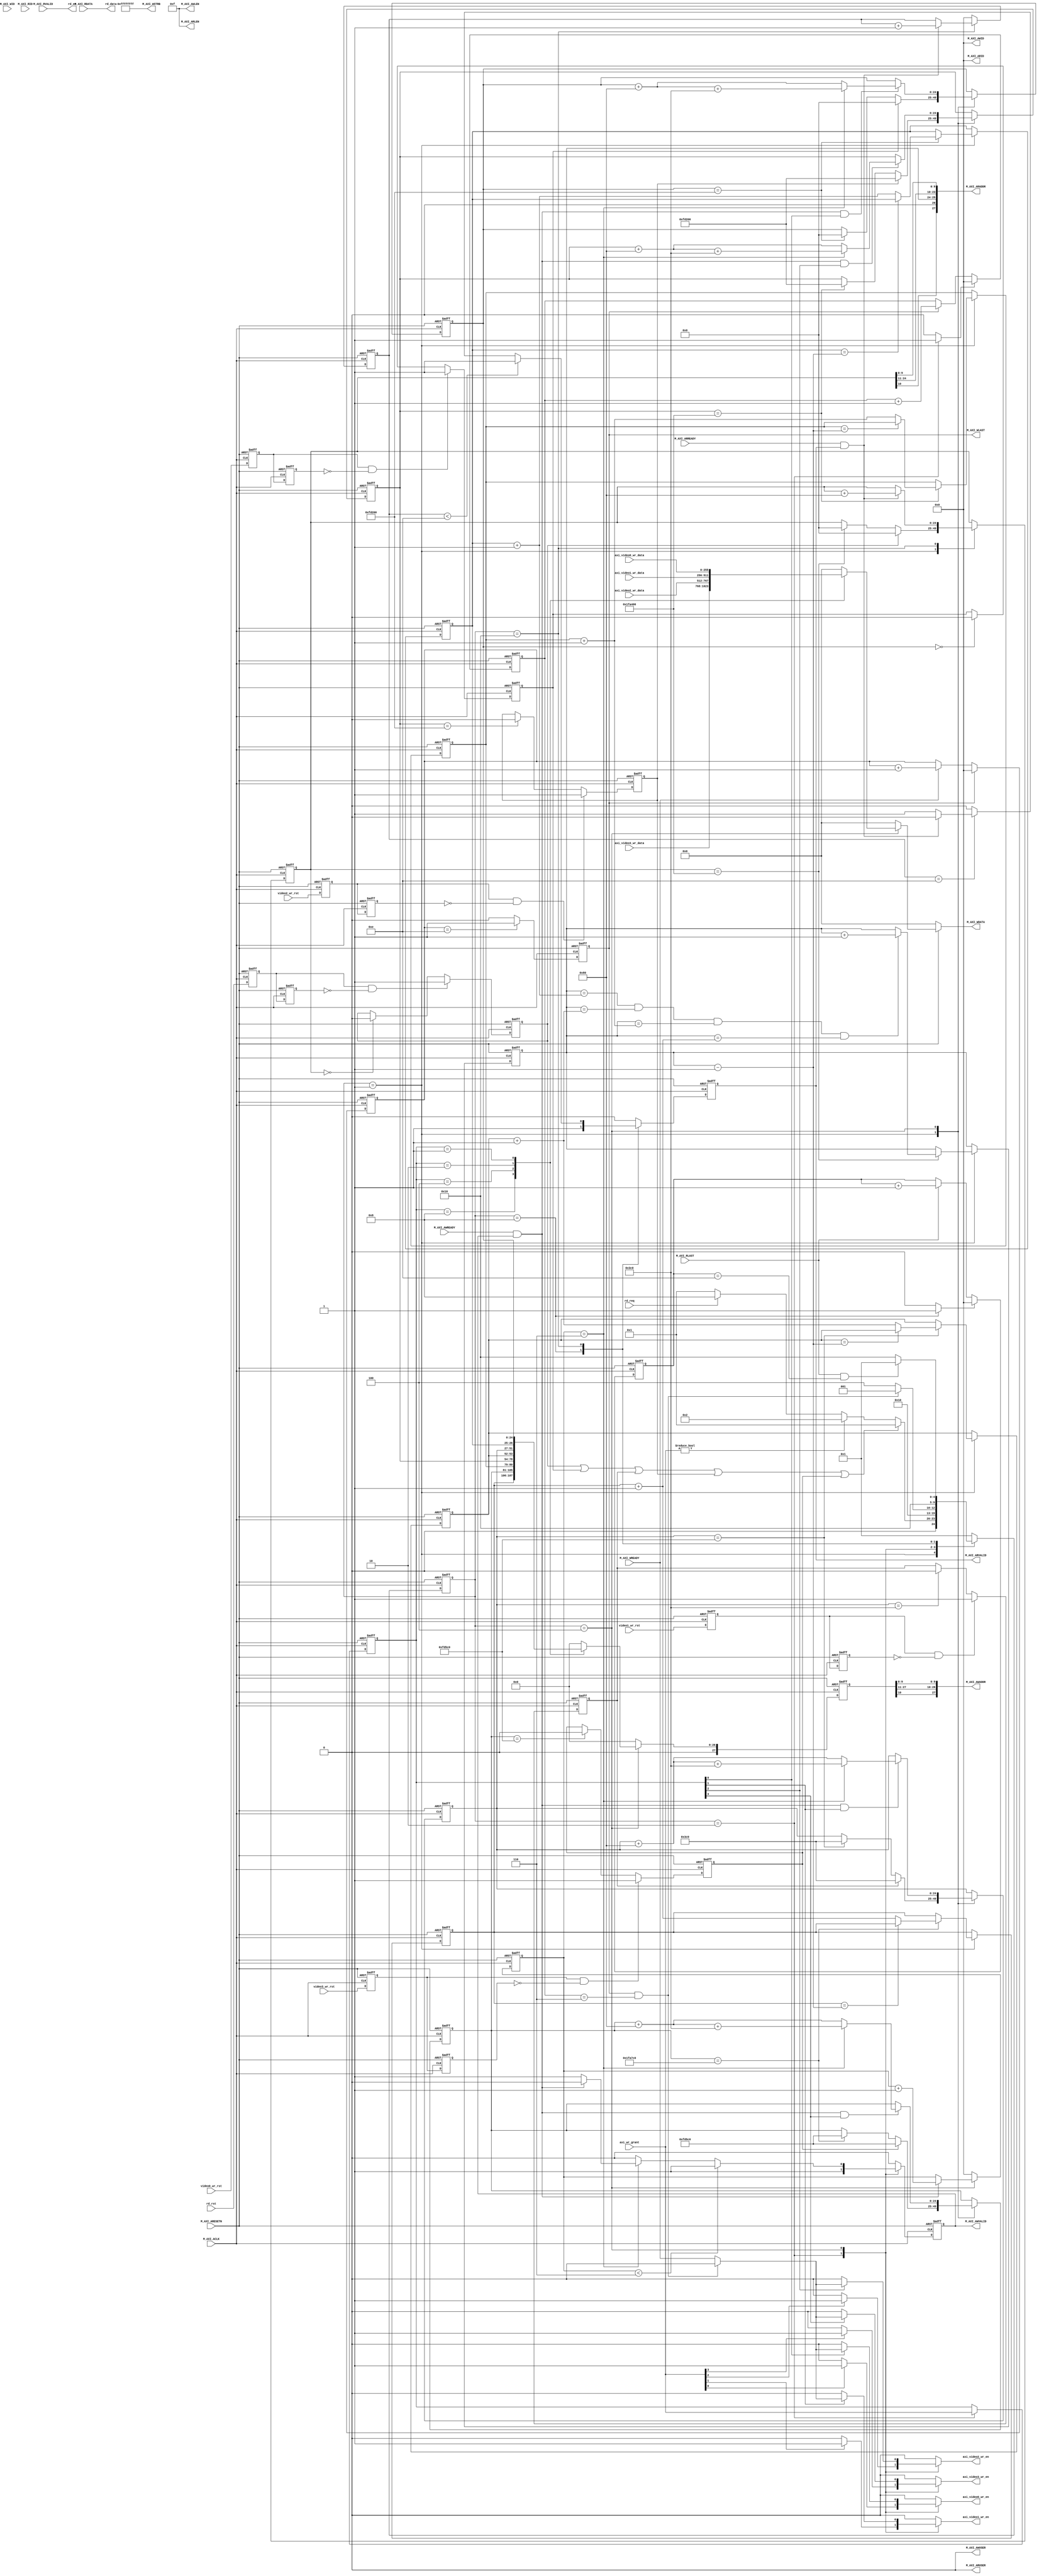

module simplified_AXI#(
    parameter DISP_H                = 1920  , // 
    parameter DISP_V                = 1080  , // 
    parameter MEM_H_PIXEL           = 960   , // 
    parameter MEM_V_PIXEL           = 540   , // 
    
    parameter AXI_WRITE_BURST_LEN   = 16    , // 1,2,4,8,16
    parameter AXI_READ_BURST_LEN    = 16    , // 1,2,4,8,16
    parameter AXI_ID_WIDTH          = 4     , // AXI ID
    parameter AXI_USER_WIDTH        = 1     , // AXI USRT
    parameter AXI_DATA_WIDTH        = 256   , // AXI 
    parameter MEM_ROW_WIDTH         = 15    , // DDR 
    parameter MEM_COL_WIDTH         = 10    , // DDR 
    parameter MEM_BANK_WIDTH        = 3     , // DDR BANK
    parameter MEM_BURST_LEN         = 8     , // DDR 
    parameter AXI_ADDR_WIDTH        = MEM_BANK_WIDTH + MEM_ROW_WIDTH + MEM_COL_WIDTH
)(
    input   wire                            M_AXI_ACLK          ,
    input   wire                            M_AXI_ARESETN       ,
    
    // 
    input   wire [3:0]                      axi_wr_grant        , // FIFO
    
    output  reg                             axi_video0_wr_en    , // FIFO_video0
    input   wire [AXI_DATA_WIDTH-1:0]       axi_video0_wr_data  , // FIFO_video0
    input   wire                            video0_wr_rst       , // 0
    
    output  reg                             axi_video1_wr_en    , // FIFO_video1
    input   wire [AXI_DATA_WIDTH-1:0]       axi_video1_wr_data  , // FIFO_video1
    input   wire                            video1_wr_rst       , // 1
    
    output  reg                             axi_video2_wr_en    , // FIFO_video1
    input   wire [AXI_DATA_WIDTH-1:0]       axi_video2_wr_data  , // FIFO_video1
    input   wire                            video2_wr_rst       , // 1
    
    output  reg                             axi_video3_wr_en    , // FIFO_video1
    input   wire [AXI_DATA_WIDTH-1:0]       axi_video3_wr_data  , // FIFO_video1
    input   wire                            video3_wr_rst       , // 1
    
    // 
    input   wire                            rd_req              , // FIFO
    
    output  wire                            rd_en               , // FIFO
    output  wire [AXI_DATA_WIDTH-1:0]       rd_data             , // FIFO
    input   wire                            rd_rst              , // 
    
    // AXI 
    output  wire [AXI_ADDR_WIDTH-1:0]       M_AXI_AWADDR    ,
    output  wire [AXI_USER_WIDTH-1:0]       M_AXI_AWUSER    ,
    output  wire [AXI_ID_WIDTH-1:0]         M_AXI_AWID      ,
    output  wire [3:0]                      M_AXI_AWLEN     ,
    input   wire                            M_AXI_AWREADY   ,
    output  wire                            M_AXI_AWVALID   ,
    
    output  wire [AXI_DATA_WIDTH-1:0]       M_AXI_WDATA     ,
    output  wire [AXI_DATA_WIDTH/8-1:0]     M_AXI_WSTRB     ,
    input   wire                            M_AXI_WREADY    ,
    input   wire [AXI_ID_WIDTH-1:0]         M_AXI_WID       ,
    output  wire                            M_AXI_WLAST     ,
    
    output  wire [AXI_ADDR_WIDTH-1:0]       M_AXI_ARADDR    ,
    output  wire [AXI_USER_WIDTH-1:0]       M_AXI_ARUSER    ,
    output  wire [AXI_ID_WIDTH-1:0]         M_AXI_ARID      ,
    output  wire [3:0]                      M_AXI_ARLEN     ,
    input   wire                            M_AXI_ARREADY   ,
    output  wire                            M_AXI_ARVALID   ,
    
    input   wire [AXI_DATA_WIDTH-1:0]       M_AXI_RDATA     ,
    input   wire [AXI_ID_WIDTH-1:0]         M_AXI_RID       ,
    input   wire                            M_AXI_RLAST     ,
    input   wire                            M_AXI_RVALID    
);

/*************************parameter**************************/
localparam WRITE_BURST_COUNT = MEM_H_PIXEL / (AXI_WRITE_BURST_LEN * MEM_BURST_LEN); // 
localparam READ_BURST_COUNT  = DISP_H      / (AXI_READ_BURST_LEN  * MEM_BURST_LEN); // 
localparam WRITE_BURST_ADDR  = MEM_BURST_LEN * AXI_WRITE_BURST_LEN; // AXI
localparam READ_BURST_ADDR   = MEM_BURST_LEN * AXI_READ_BURST_LEN ; // AXI

localparam VIDEO0_START_ADDR = 'd0;
localparam VIDEO0_END_ADDR   = DISP_H * MEM_V_PIXEL + VIDEO0_START_ADDR;
localparam VIDEO1_START_ADDR = MEM_H_PIXEL;
localparam VIDEO1_END_ADDR   = DISP_H * MEM_V_PIXEL + VIDEO1_START_ADDR;
localparam VIDEO2_START_ADDR = DISP_H * MEM_V_PIXEL;
localparam VIDEO2_END_ADDR   = DISP_H * MEM_V_PIXEL + VIDEO2_START_ADDR;
localparam VIDEO3_START_ADDR = DISP_H * MEM_V_PIXEL + MEM_H_PIXEL;
localparam VIDEO3_END_ADDR   = DISP_H * MEM_V_PIXEL + VIDEO3_START_ADDR;

/****************************reg*****************************/
reg     [3:0]                               r_input_source      ; // 

reg                                         r_m_axi_awvalid     ; // 
reg     [3:0]                               r_awburst_count     ; // 
reg     [MEM_ROW_WIDTH+MEM_COL_WIDTH-1:0]   r_video0_wr_addr    ; // 0 
reg     [MEM_BANK_WIDTH-2:0]                r_video0_wr_bank    ; // 0 BNAK
reg     [MEM_ROW_WIDTH+MEM_COL_WIDTH-1:0]   r_video1_wr_addr    ; // 1 
reg     [MEM_BANK_WIDTH-2:0]                r_video1_wr_bank    ; // 1 BNAK
reg     [MEM_ROW_WIDTH+MEM_COL_WIDTH-1:0]   r_video2_wr_addr    ; // 2 
reg     [MEM_BANK_WIDTH-2:0]                r_video2_wr_bank    ; // 2 BNAK
reg     [MEM_ROW_WIDTH+MEM_COL_WIDTH-1:0]   r_video3_wr_addr    ; // 3 
reg     [MEM_BANK_WIDTH-2:0]                r_video3_wr_bank    ; // 3 BNAK
reg     [AXI_ADDR_WIDTH-1:0]                r_wr_addr           ; // 

reg     [AXI_DATA_WIDTH-1:0]                r_wr_data           ; // 
reg                                         r_m_axi_wlast       ;
reg     [3:0]                               r_wburst_cnt        ; // 
reg     [3:0]                               r_wburst_count      ; // 

reg     [MEM_ROW_WIDTH+MEM_COL_WIDTH-1:0]   r_rd_addr           ; // 
reg     [MEM_BANK_WIDTH-2:0]                r_rd_bank           ; // BANK [MEM_BANK_WIDTH-2:0]
reg     [3:0]                               r_arburst_count     ; // 
reg                                         r_m_axi_arvalid     ; // 

reg     [3:0]                               r_rburst_count      ; // 

reg                                         r_video0_wr_rst     ; // 0 
reg                                         r0_video0_wr_rst    ;
reg                                         r1_video0_wr_rst    ;
reg                                         r_video1_wr_rst     ; // 1 
reg                                         r0_video1_wr_rst    ;
reg                                         r1_video1_wr_rst    ;
reg                                         r_video2_wr_rst     ; // 1 
reg                                         r0_video2_wr_rst    ;
reg                                         r1_video2_wr_rst    ;
reg                                         r_video3_wr_rst     ; // 1 
reg                                         r0_video3_wr_rst    ;
reg                                         r1_video3_wr_rst    ;
reg                                         r_rd_rst            ; // 
reg                                         r0_rd_rst           ;
reg                                         r1_rd_rst           ;

/****************************wire****************************/
wire                                write_start         ;
wire                                write_state         ;
wire                                video0_waddr_end    ; // 0 
wire                                video1_waddr_end    ; // 1 
wire                                video2_waddr_end    ; // 2 
wire                                video3_waddr_end    ; // 3 
wire                                write_done          ; // 

wire                                read_start          ;
wire                                read_state          ;
wire                                read_done           ; // 
wire                                raddr_end           ; // 

/********************combinational logic*********************/
assign M_AXI_AWADDR         = {r_wr_addr[MEM_COL_WIDTH], 
                               r_wr_addr[AXI_ADDR_WIDTH-1: AXI_ADDR_WIDTH-MEM_BANK_WIDTH], 
                               r_wr_addr[MEM_COL_WIDTH+MEM_ROW_WIDTH-1:MEM_COL_WIDTH+1], 
                               r_wr_addr[MEM_COL_WIDTH-1:0]}        ;
assign M_AXI_AWUSER         = 'd0                                   ;
assign M_AXI_AWID           = 'd0                                   ;
assign M_AXI_AWLEN          = AXI_WRITE_BURST_LEN - 1               ;
assign M_AXI_AWVALID        = r_m_axi_awvalid                       ;
assign video0_waddr_end     = r_video0_wr_addr == VIDEO0_END_ADDR   ;
assign video1_waddr_end     = r_video1_wr_addr == VIDEO1_END_ADDR   ;
assign video2_waddr_end     = r_video2_wr_addr == VIDEO2_END_ADDR   ;
assign video3_waddr_end     = r_video3_wr_addr == VIDEO3_END_ADDR   ;

assign M_AXI_WDATA          = r_wr_data                             ;
assign M_AXI_WSTRB          = {(AXI_DATA_WIDTH/8){1'b1}}            ;
assign M_AXI_WLAST          = r_m_axi_wlast                         ;
assign write_done           = M_AXI_WLAST && (r_wburst_count == WRITE_BURST_COUNT - 1);

assign M_AXI_ARADDR         = {r_rd_addr[MEM_COL_WIDTH], 
                              {1'b0, r_rd_bank}, 
                               r_rd_addr[MEM_COL_WIDTH+MEM_ROW_WIDTH-1:MEM_COL_WIDTH+1], 
                               r_rd_addr[MEM_COL_WIDTH-1:0]}        ;
assign M_AXI_ARLEN          = AXI_READ_BURST_LEN - 1                ;
assign M_AXI_ARUSER         = 'd0                                   ;
assign M_AXI_ARID           = 'd0                                   ;
assign M_AXI_ARVALID        = r_m_axi_arvalid                       ;
assign raddr_end            = r_rd_addr == DISP_H * DISP_V          ;

assign rd_en                = M_AXI_RVALID                          ;
assign rd_data              = M_AXI_RDATA                           ;
assign read_done            = M_AXI_RLAST && (r_rburst_count == READ_BURST_COUNT - 1);

/****************************FSM*****************************/
localparam ST_IDLE          = 5'b00001;
localparam ST_WRITE_START   = 5'b00010;
localparam ST_WRITE_STATE   = 5'b00100;
localparam ST_READ_START    = 5'b01000;
localparam ST_READ_STATE    = 5'b10000;

reg     [4:0]   fsm_c;
reg     [4:0]   fsm_n;

always@(posedge M_AXI_ACLK or negedge M_AXI_ARESETN)
begin
    if(!M_AXI_ARESETN)
        fsm_c <= ST_IDLE;
    else
        fsm_c <= fsm_n;
end

always@(*)
begin
    case(fsm_c)
        ST_IDLE:
            if(r_rd_rst || r_video0_wr_rst || r_video1_wr_rst || r_video2_wr_rst || r_video3_wr_rst)
                fsm_n = ST_IDLE;
            else if(axi_wr_grant != 4'b0000) // 
                fsm_n = ST_WRITE_START;
            else if(rd_req)
                fsm_n = ST_READ_START;
            else
                fsm_n = ST_IDLE;
        ST_WRITE_START:
                fsm_n = ST_WRITE_STATE;
        ST_WRITE_STATE:
            if(write_done)
                fsm_n = ST_IDLE;
            else
                fsm_n = ST_WRITE_STATE;
        ST_READ_START:
                fsm_n = ST_READ_STATE;
        ST_READ_STATE:
            if(read_done)
                fsm_n = ST_IDLE;
            else
                fsm_n = ST_READ_STATE;
        default:
                fsm_n = ST_IDLE;
    endcase
end

assign write_start = (fsm_c == ST_WRITE_START) ? 1'b1 : 1'b0;
assign write_state = (fsm_c == ST_WRITE_STATE) ? 1'b1 : 1'b0;
assign read_start  = (fsm_c == ST_READ_START)  ? 1'b1 : 1'b0;
assign read_state  = (fsm_c == ST_READ_STATE)  ? 1'b1 : 1'b0;

/**************************process***************************/
always@(posedge M_AXI_ACLK or negedge M_AXI_ARESETN)
begin
    if(!M_AXI_ARESETN)
        r_input_source <= 2'b00;
    else if(fsm_c == ST_WRITE_START)
        r_input_source <= axi_wr_grant;
    else
        r_input_source <= r_input_source;
end

/*---------------------------------------------------*/
// 0
always@(posedge M_AXI_ACLK or negedge M_AXI_ARESETN)
begin
    if(!M_AXI_ARESETN)
        r_video0_wr_addr  <= VIDEO0_START_ADDR;
    else case(fsm_c)
        ST_IDLE:
            if(r_video0_wr_rst) // 
                r_video0_wr_addr <= VIDEO0_START_ADDR;
            else if(video0_waddr_end) // 
                r_video0_wr_addr <= VIDEO0_START_ADDR;
            else
                r_video0_wr_addr <= r_video0_wr_addr;
        ST_WRITE_STATE:
            if(M_AXI_AWREADY && M_AXI_AWVALID && r_input_source[0])
                if(r_awburst_count == WRITE_BURST_COUNT - 1) // 
                    r_video0_wr_addr <= r_video0_wr_addr + WRITE_BURST_ADDR + MEM_H_PIXEL;
                else
                    r_video0_wr_addr <= r_video0_wr_addr + WRITE_BURST_ADDR;
            else
                r_video0_wr_addr <= r_video0_wr_addr;
        default:
            r_video0_wr_addr <= r_video0_wr_addr;
    endcase
end

always@(posedge M_AXI_ACLK or negedge M_AXI_ARESETN)
begin
    if(!M_AXI_ARESETN)
        r_video0_wr_bank <= 2'd1;
    else if(fsm_c == ST_IDLE)
        if(video0_waddr_end) // BANK
            if(r_video0_wr_bank == r_rd_bank - 1'b1) // BANKBANK
                r_video0_wr_bank <= r_video0_wr_bank;
            else
                r_video0_wr_bank <= r_video0_wr_bank + 1'b1;
        else
            r_video0_wr_bank <= r_video0_wr_bank;
    else
        r_video0_wr_bank <= r_video0_wr_bank;
end

// 1
always@(posedge M_AXI_ACLK or negedge M_AXI_ARESETN)
begin
    if(!M_AXI_ARESETN)
        r_video1_wr_addr  <= VIDEO1_START_ADDR;
    else case(fsm_c)
        ST_IDLE:
            if(r_video1_wr_rst) // 
                r_video1_wr_addr <= VIDEO1_START_ADDR;
            else if(video1_waddr_end) // 
                r_video1_wr_addr <= VIDEO1_START_ADDR;
            else
                r_video1_wr_addr <= r_video1_wr_addr;
        ST_WRITE_STATE:
            if(M_AXI_AWREADY && M_AXI_AWVALID && r_input_source[1])
                if(r_awburst_count == WRITE_BURST_COUNT - 1) // 
                    r_video1_wr_addr <= r_video1_wr_addr + WRITE_BURST_ADDR + MEM_H_PIXEL;
                else
                    r_video1_wr_addr <= r_video1_wr_addr + WRITE_BURST_ADDR;
            else
                r_video1_wr_addr <= r_video1_wr_addr;
        default:
            r_video1_wr_addr <= r_video1_wr_addr;
    endcase
end

always@(posedge M_AXI_ACLK or negedge M_AXI_ARESETN)
begin
    if(!M_AXI_ARESETN)
        r_video1_wr_bank <= 2'd1;
    else if(fsm_c == ST_IDLE)
        if(video1_waddr_end) // BANK
            if(r_video1_wr_bank == r_rd_bank - 1'b1) // BANKBANK
                r_video1_wr_bank <= r_video1_wr_bank;
            else
                r_video1_wr_bank <= r_video1_wr_bank + 1'b1;
        else
            r_video1_wr_bank <= r_video1_wr_bank;
    else
        r_video1_wr_bank <= r_video1_wr_bank;
end

// 2
always@(posedge M_AXI_ACLK or negedge M_AXI_ARESETN)
begin
    if(!M_AXI_ARESETN)
        r_video2_wr_addr  <= VIDEO2_START_ADDR;
    else case(fsm_c)
        ST_IDLE:
            if(r_video2_wr_rst) // 
                r_video2_wr_addr <= VIDEO2_START_ADDR;
            else if(video2_waddr_end) // 
                r_video2_wr_addr <= VIDEO2_START_ADDR;
            else
                r_video2_wr_addr <= r_video2_wr_addr;
        ST_WRITE_STATE:
            if(M_AXI_AWREADY && M_AXI_AWVALID && r_input_source[2])
                if(r_awburst_count == WRITE_BURST_COUNT - 1) // 
                    r_video2_wr_addr <= r_video2_wr_addr + WRITE_BURST_ADDR + MEM_H_PIXEL;
                else
                    r_video2_wr_addr <= r_video2_wr_addr + WRITE_BURST_ADDR;
            else
                r_video2_wr_addr <= r_video2_wr_addr;
        default:
            r_video2_wr_addr <= r_video2_wr_addr;
    endcase
end

always@(posedge M_AXI_ACLK or negedge M_AXI_ARESETN)
begin
    if(!M_AXI_ARESETN)
        r_video2_wr_bank <= 2'd1;
    else if(fsm_c == ST_IDLE)
        if(video2_waddr_end) // BANK
            if(r_video2_wr_bank == r_rd_bank - 1'b1) // BANKBANK
                r_video2_wr_bank <= r_video2_wr_bank;
            else
                r_video2_wr_bank <= r_video2_wr_bank + 1'b1;
        else
            r_video2_wr_bank <= r_video2_wr_bank;
    else
        r_video2_wr_bank <= r_video2_wr_bank;
end

// 3
always@(posedge M_AXI_ACLK or negedge M_AXI_ARESETN)
begin
    if(!M_AXI_ARESETN)
        r_video3_wr_addr  <= VIDEO2_START_ADDR;
    else case(fsm_c)
        ST_IDLE:
            if(r_video3_wr_rst) // 
                r_video3_wr_addr <= VIDEO3_START_ADDR;
            else if(video3_waddr_end) // 
                r_video3_wr_addr <= VIDEO3_START_ADDR;
            else
                r_video3_wr_addr <= r_video3_wr_addr;
        ST_WRITE_STATE:
            if(M_AXI_AWREADY && M_AXI_AWVALID && r_input_source[3])
                if(r_awburst_count == WRITE_BURST_COUNT - 1) // 
                    r_video3_wr_addr <= r_video3_wr_addr + WRITE_BURST_ADDR + MEM_H_PIXEL;
                else
                    r_video3_wr_addr <= r_video3_wr_addr + WRITE_BURST_ADDR;
            else
                r_video3_wr_addr <= r_video3_wr_addr;
        default:
            r_video3_wr_addr <= r_video3_wr_addr;
    endcase
end

always@(posedge M_AXI_ACLK or negedge M_AXI_ARESETN)
begin
    if(!M_AXI_ARESETN)
        r_video3_wr_bank <= 2'd1;
    else if(fsm_c == ST_IDLE)
        if(video3_waddr_end) // BANK
            if(r_video3_wr_bank == r_rd_bank - 1'b1) // BANKBANK
                r_video3_wr_bank <= r_video3_wr_bank;
            else
                r_video3_wr_bank <= r_video3_wr_bank + 1'b1;
        else
            r_video3_wr_bank <= r_video3_wr_bank;
    else
        r_video3_wr_bank <= r_video3_wr_bank;
end

// 
always@(negedge M_AXI_ACLK or negedge M_AXI_ARESETN)
begin
    if(!M_AXI_ARESETN)
        r_wr_addr <= 'd0;
    else if(fsm_c == ST_WRITE_STATE)
        case(r_input_source)
            4'b1000:
                r_wr_addr <= {1'b0, r_video3_wr_bank, r_video3_wr_addr};
            4'b0100:
                r_wr_addr <= {1'b0, r_video2_wr_bank, r_video2_wr_addr};
            4'b0010:
                r_wr_addr <= {1'b0, r_video1_wr_bank, r_video1_wr_addr};
            4'b0001:
                r_wr_addr <= {1'b0, r_video0_wr_bank, r_video0_wr_addr};
            default:
                r_wr_addr <= 'd0;
        endcase
    else
        r_wr_addr <= 'd0;
end

always@(posedge M_AXI_ACLK or negedge M_AXI_ARESETN)
begin
    if(!M_AXI_ARESETN)
        r_m_axi_awvalid <= 1'b0;
    else case(fsm_c)
        ST_WRITE_START:
            r_m_axi_awvalid <= 1'b1;
        ST_WRITE_STATE:
            if(r_awburst_count < WRITE_BURST_COUNT - 1)
                r_m_axi_awvalid <= 1'b1;
            else if(r_awburst_count == WRITE_BURST_COUNT - 1)
                if(M_AXI_AWREADY && M_AXI_AWVALID)
                    r_m_axi_awvalid <= 1'b0;
                else
                    r_m_axi_awvalid <= 1'b1;
            else
                r_m_axi_awvalid <= 1'b0;
        default:
            r_m_axi_awvalid <= 1'b0;
    endcase
end

always@(posedge M_AXI_ACLK or negedge M_AXI_ARESETN)
begin
    if(!M_AXI_ARESETN)
        r_awburst_count <= 4'd0;
    else case(fsm_c)
        ST_WRITE_START:
            r_awburst_count <= 4'd0;
        ST_WRITE_STATE:
            if(M_AXI_AWREADY && M_AXI_AWVALID)
                r_awburst_count <= r_awburst_count + 1'b1;
            else
                r_awburst_count <= r_awburst_count;
        default:
            r_awburst_count <= 4'd0;
    endcase
end

/*---------------------------------------------------*/
always@(*)
begin
    if(!M_AXI_ARESETN)
        r_wr_data = 'd0;
    else if(fsm_c == ST_WRITE_STATE)
        case(r_input_source)
            4'b1000:
                r_wr_data = axi_video3_wr_data;
            4'b0100:
                r_wr_data = axi_video2_wr_data;
            4'b0010:
                r_wr_data = axi_video1_wr_data;
            4'b0001:
                r_wr_data = axi_video0_wr_data;
            default:
                r_wr_data = 'd0;
        endcase
    else
        r_wr_data = 'd0;
end

always@(posedge M_AXI_ACLK or negedge M_AXI_ARESETN)
begin
    if(!M_AXI_ARESETN)
        r_m_axi_wlast <= 1'b0;
    else if(r_wburst_cnt == AXI_WRITE_BURST_LEN - 2)
        r_m_axi_wlast <= 1'b1;
    else
        r_m_axi_wlast <= 1'b0;
end

always@(*)
begin
    case(fsm_c)
        ST_WRITE_START: // FIFO
            if(axi_wr_grant[0])
                axi_video0_wr_en = 1'b1;
            else
                axi_video0_wr_en = 1'b0;
        ST_WRITE_STATE:
            if(r_input_source[0])
                if(write_done) // FIFO
                    axi_video0_wr_en = 1'b0;
                else
                    axi_video0_wr_en = M_AXI_WREADY;
            else
                axi_video0_wr_en = 1'b0;
        default:
            axi_video0_wr_en = 1'b0;
    endcase
end

always@(*)
begin
    case(fsm_c)
        ST_WRITE_START: // FIFO
            if(axi_wr_grant[1])
                axi_video1_wr_en = 1'b1;
            else
                axi_video1_wr_en = 1'b0;
        ST_WRITE_STATE:
            if(r_input_source[1])
                if(write_done) // FIFO
                    axi_video1_wr_en = 1'b0;
                else
                    axi_video1_wr_en = M_AXI_WREADY;
            else
                axi_video1_wr_en = 1'b0;
        default:
            axi_video1_wr_en = 1'b0;
    endcase
end

always@(*)
begin
    case(fsm_c)
        ST_WRITE_START: // FIFO
            if(axi_wr_grant[2])
                axi_video2_wr_en = 1'b1;
            else
                axi_video2_wr_en = 1'b0;
        ST_WRITE_STATE:
            if(r_input_source[2])
                if(write_done) // FIFO
                    axi_video2_wr_en = 1'b0;
                else
                    axi_video2_wr_en = M_AXI_WREADY;
            else
                axi_video2_wr_en = 1'b0;
        default:
            axi_video2_wr_en = 1'b0;
    endcase
end

always@(*)
begin
    case(fsm_c)
        ST_WRITE_START: // FIFO
            if(axi_wr_grant[3])
                axi_video3_wr_en = 1'b1;
            else
                axi_video3_wr_en = 1'b0;
        ST_WRITE_STATE:
            if(r_input_source[3])
                if(write_done) // FIFO
                    axi_video3_wr_en = 1'b0;
                else
                    axi_video3_wr_en = M_AXI_WREADY;
            else
                axi_video3_wr_en = 1'b0;
        default:
            axi_video3_wr_en = 1'b0;
    endcase
end

always@(posedge M_AXI_ACLK or negedge M_AXI_ARESETN)
begin
    if(!M_AXI_ARESETN)
        r_wburst_cnt <= 4'd0;
    else if(M_AXI_WLAST) // 
        r_wburst_cnt <= 4'd0;
    else if(M_AXI_WREADY)
        r_wburst_cnt <= r_wburst_cnt + 1;
    else
        r_wburst_cnt <= r_wburst_cnt;
end

always@(posedge M_AXI_ACLK or negedge M_AXI_ARESETN)
begin
    if(!M_AXI_ARESETN)
        r_wburst_count <= 4'd0;
    else if(write_start) // 
        r_wburst_count <= 4'd0;
    else if(M_AXI_WLAST)
        r_wburst_count <= r_wburst_count + 1;
    else
        r_wburst_count <= r_wburst_count;
end

/*---------------------------------------------------*/
always@(posedge M_AXI_ACLK or negedge M_AXI_ARESETN)
begin
    if(!M_AXI_ARESETN)
        r_rd_addr <= 'd0;
    else case(fsm_c)
        ST_IDLE:
            if(r_rd_rst) // 
                r_rd_addr <= 'd0;
            else if(raddr_end) // 
                r_rd_addr <= 'd0;
            else
                r_rd_addr <= r_rd_addr;
        ST_READ_STATE:
            if(M_AXI_ARREADY && M_AXI_ARVALID)
                r_rd_addr <= r_rd_addr + READ_BURST_ADDR;
            else
                r_rd_addr <= r_rd_addr;
        default:
            r_rd_addr <= r_rd_addr;
    endcase
end

always@(posedge M_AXI_ACLK or negedge M_AXI_ARESETN)
begin
    if(!M_AXI_ARESETN)
        r_rd_bank <= 3'd0;
    else if(fsm_c == ST_IDLE)
        if(raddr_end) // BANK
            if((r_rd_bank == r_video0_wr_bank + 1'b1) && (r_rd_bank == r_video1_wr_bank + 1'b1) && (r_rd_bank == r_video2_wr_bank + 1'b1) && (r_rd_bank == r_video3_wr_bank + 1'b1)) // BANKBANK
                r_rd_bank <= r_rd_bank + 1'b1;
            else
                r_rd_bank <= r_rd_bank;
        else
            r_rd_bank <= r_rd_bank;
    else
        r_rd_bank <= r_rd_bank;
end

always@(posedge M_AXI_ACLK or negedge M_AXI_ARESETN)
begin
    if(!M_AXI_ARESETN)
        r_m_axi_arvalid <= 1'b0;
    else case(fsm_c)
        ST_READ_START:
            r_m_axi_arvalid <= 1'b1;
        ST_READ_STATE:
            if(r_arburst_count < READ_BURST_COUNT - 1)
                r_m_axi_arvalid <= 1'b1;
            else if(r_arburst_count == READ_BURST_COUNT - 1)
                if(M_AXI_ARREADY && M_AXI_ARVALID)
                    r_m_axi_arvalid <= 1'b0;
                else
                    r_m_axi_arvalid <= 1'b1;
            else
                r_m_axi_arvalid <= 1'b0;
        default:
            r_m_axi_arvalid <= 1'b0;
    endcase
end

always@(posedge M_AXI_ACLK or negedge M_AXI_ARESETN)
begin
    if(!M_AXI_ARESETN)
        r_arburst_count <= 4'd0;
    else case(fsm_c)
        ST_READ_START: // 
            r_arburst_count <= 4'd0;
        ST_READ_STATE:
            if(M_AXI_ARREADY && M_AXI_ARVALID)
                r_arburst_count <= r_arburst_count + 1'b1;
            else
                r_arburst_count <= r_arburst_count;
        default:
            r_arburst_count <= 4'd0;
    endcase
end

/*---------------------------------------------------*/
always@(posedge M_AXI_ACLK or negedge M_AXI_ARESETN)
begin
    if(!M_AXI_ARESETN)
        r_rburst_count <= 4'd0;
    else if(read_start) // 
        r_rburst_count <= 4'd0;
    else if(M_AXI_RLAST)
        r_rburst_count <= r_rburst_count + 1;
    else
        r_rburst_count <= r_rburst_count;
end

/*---------------------------------------------------*/
always@(posedge M_AXI_ACLK or negedge M_AXI_ARESETN)
begin
    if(!M_AXI_ARESETN)
        begin
            r0_video0_wr_rst <= 1'b0;
            r1_video0_wr_rst <= 1'b0;
            r0_video1_wr_rst <= 1'b0;
            r1_video1_wr_rst <= 1'b0;
            r0_video2_wr_rst <= 1'b0;
            r1_video2_wr_rst <= 1'b0;
            r0_video3_wr_rst <= 1'b0;
            r1_video3_wr_rst <= 1'b0;
            r0_rd_rst        <= 1'b0;
            r1_rd_rst        <= 1'b0;
        end
    else
        begin
            r0_video0_wr_rst <= video0_wr_rst   ;
            r1_video0_wr_rst <= r0_video0_wr_rst;
            r0_video1_wr_rst <= video1_wr_rst   ;
            r1_video1_wr_rst <= r0_video1_wr_rst;
            r0_video2_wr_rst <= video2_wr_rst   ;
            r1_video2_wr_rst <= r0_video2_wr_rst;
            r0_video3_wr_rst <= video3_wr_rst   ;
            r1_video3_wr_rst <= r0_video3_wr_rst;
            r0_rd_rst        <= rd_rst          ;
            r1_rd_rst        <= r0_rd_rst       ;
        end
end

always@(posedge M_AXI_ACLK or negedge M_AXI_ARESETN)
begin
    if(!M_AXI_ARESETN)
        r_video0_wr_rst <= 1'b0;
    else if(r0_video0_wr_rst && !r1_video0_wr_rst)
        r_video0_wr_rst <= 1'b1;
    else if(r_video0_wr_addr == VIDEO0_START_ADDR)
        r_video0_wr_rst <= 1'b0;
    else
        r_video0_wr_rst <= r_video0_wr_rst;
end

always@(posedge M_AXI_ACLK or negedge M_AXI_ARESETN)
begin
    if(!M_AXI_ARESETN)
        r_video1_wr_rst <= 1'b0;
    else if(r0_video1_wr_rst && !r1_video1_wr_rst)
        r_video1_wr_rst <= 1'b1;
    else if(r_video1_wr_addr == VIDEO1_START_ADDR)
        r_video1_wr_rst <= 1'b0;
    else
        r_video1_wr_rst <= r_video1_wr_rst;
end

always@(posedge M_AXI_ACLK or negedge M_AXI_ARESETN)
begin
    if(!M_AXI_ARESETN)
        r_video2_wr_rst <= 1'b0;
    else if(r0_video2_wr_rst && !r1_video2_wr_rst)
        r_video2_wr_rst <= 1'b1;
    else if(r_video2_wr_addr == VIDEO2_START_ADDR)
        r_video2_wr_rst <= 1'b0;
    else
        r_video2_wr_rst <= r_video2_wr_rst;
end

always@(posedge M_AXI_ACLK or negedge M_AXI_ARESETN)
begin
    if(!M_AXI_ARESETN)
        r_video3_wr_rst <= 1'b0;
    else if(r0_video3_wr_rst && !r1_video3_wr_rst)
        r_video3_wr_rst <= 1'b1;
    else if(r_video3_wr_addr == VIDEO3_START_ADDR)
        r_video3_wr_rst <= 1'b0;
    else
        r_video3_wr_rst <= r_video3_wr_rst;
end

always@(posedge M_AXI_ACLK or negedge M_AXI_ARESETN)
begin
    if(!M_AXI_ARESETN)
        r_rd_rst <= 1'b0;
    else if(r0_rd_rst && !r1_rd_rst)
        r_rd_rst <= 1'b1;
    else if(r_rd_addr == 'd0)
        r_rd_rst <= 1'b0;
    else
        r_rd_rst <= r_rd_rst;
end

endmodule